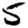
Digit: 5